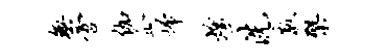
无啻伽企埽煌洗散檗